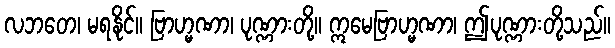
လဘတေ၊ မရနိုင်။ ဗြာဟ္မဏာ၊ ပုဏ္ဏားတို့။ ဣမေဗြာဟ္မဏာ၊ ဤပုဏ္ဏားတို့သည်။